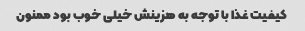
کیفیت غذا با توجه به هزینش خیلی خوب بود ممنون